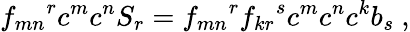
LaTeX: {f_{mn}}^{r}c^{m}c^{n}S_{r}={f_{mn}}^{r}{f_{kr}}^{s}c^{m}c^{n}c^{k}b_{s}~,